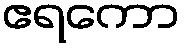
ဧရကော